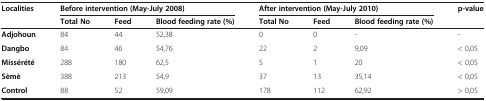
| Localities | <COLSPAN=3> Before intervention (May-July 2008) | <COLSPAN=3> After intervention (May-July 2010) | p-value |
 |  | Total No | Feed | Blood feeding rate (%) | Total No | Feed | Blood feeding rate (%) |  |
 | --- | --- | --- | --- | --- | --- | --- | --- |
 | Adjohoun | 84 | 44 | 52,38 | 0 | 0 | - | - |
 | Dangbo | 84 | 46 | 54,76 | 22 | 2 | 9,09 | < 0,05 |
 | Missérété | 288 | 180 | 62,5 | 5 | 1 | 20 | < 0,05 |
 | Sèmè | 388 | 213 | 54,9 | 37 | 13 | 35,14 | < 0,05 |
 | Control | 88 | 52 | 59,09 | 178 | 112 | 62,92 | > 0,05 |